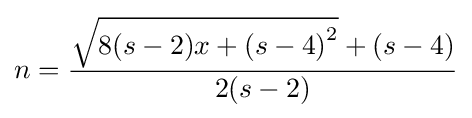
n={\frac {{\sqrt {8(s-2)x+{(s-4)}^{2}}}+(s-4)}{2(s-2)}}